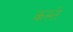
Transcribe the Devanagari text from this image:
कस्‍ते